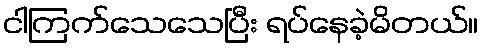
ငါကြက်သေသေပြီး ရပ်နေခဲ့မိတယ်။